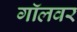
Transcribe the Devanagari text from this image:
गॉलवर